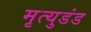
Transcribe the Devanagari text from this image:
मृत्युडंड